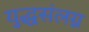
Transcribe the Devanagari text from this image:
युद्धसंलग्न